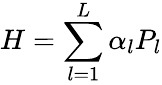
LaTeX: H=\sum_{l=1}^{L}\alpha_{l}P_{l}